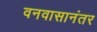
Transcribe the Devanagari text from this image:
वनवासानंतर